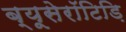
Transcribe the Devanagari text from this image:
ब्यूसेरॉटिड़ि